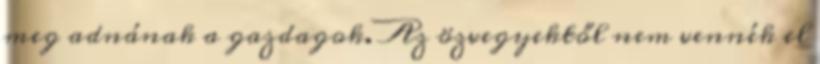
meg adnának a gazdagok. Az özvegyektől nem vennék el